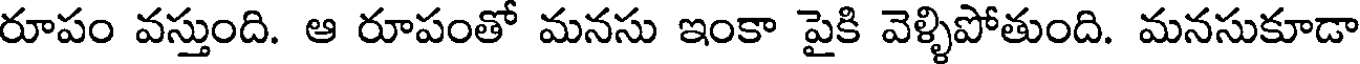
రూపం వస్తుంది. ఆ రూపంతో మనసు ఇంకా పైకి వెళ్ళిపోతుంది. మనసుకూడా